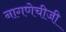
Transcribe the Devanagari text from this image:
नागणेचीजी